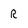
Character: R